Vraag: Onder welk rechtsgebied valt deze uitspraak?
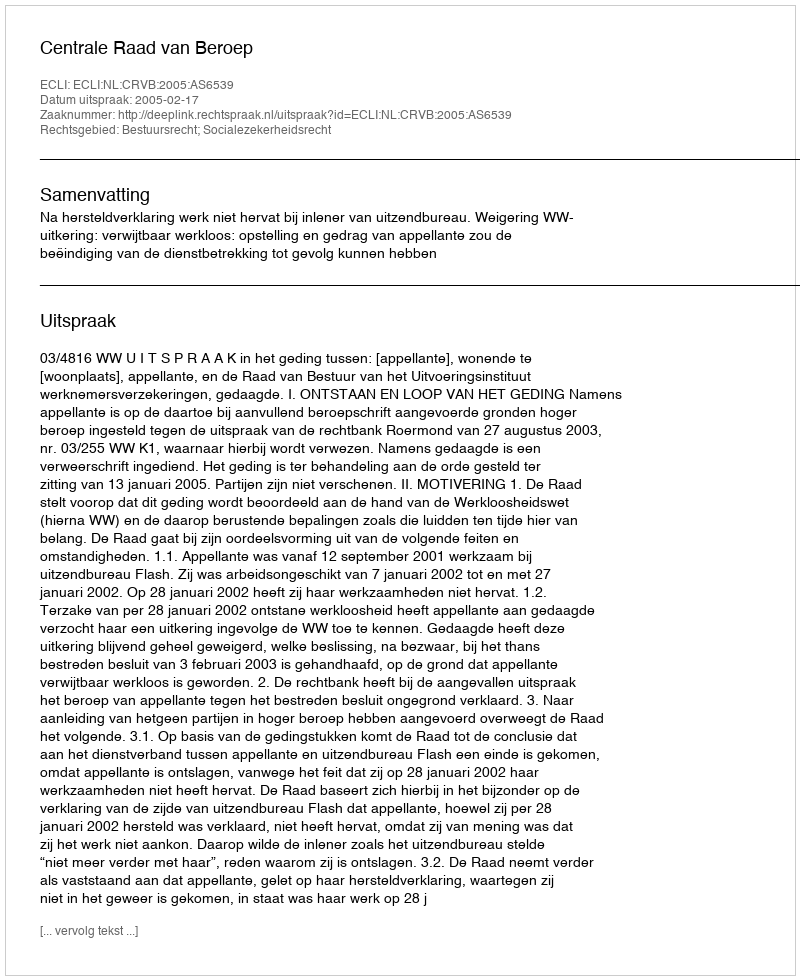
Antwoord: Bestuursrecht; Socialezekerheidsrecht